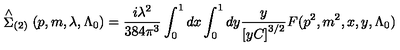
\stackrel { \wedge } { \Sigma } _ { ( 2 ) } ( p , m , \lambda , \Lambda _ { 0 } ) = \frac { i \lambda ^ { 2 } } { 3 8 4 \pi ^ { 3 } } \int _ { 0 } ^ { 1 } d x \int _ { 0 } ^ { 1 } d y \frac y { \left[ y C \right] ^ { 3 / 2 } } F ( p ^ { 2 } , m ^ { 2 } , x , y , \Lambda _ { 0 } )